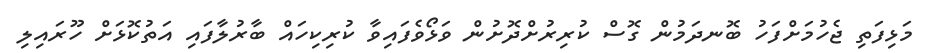
މަޅިފަތި ޖެހުމަށްފަހު ބޮނދަމުން ގޮސް ކުރިރުށްދޮށުން ވަޅޯވެފައިވާ ކުރިކިހައް ބާރުލާފައި އަތުކޮޅަށް ހޫރައިލި